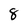
Character: 8